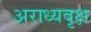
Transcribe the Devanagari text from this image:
अराध्यवृक्ष